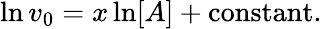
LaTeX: \ln v_{0}=x\ln[A]+{\textrm{constant}}.